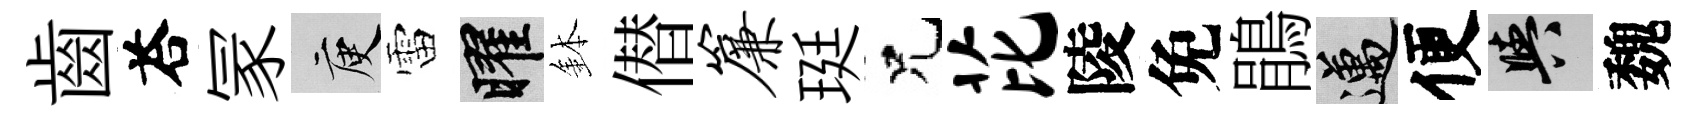
齒荅冡庾雷曜鉢僣帘珽兄芘陵免鵑邁便阳魏